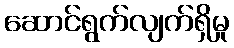
ဆောင်ရွက်လျက်ရှိမှု